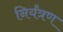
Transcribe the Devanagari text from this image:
निर्यंत्रण